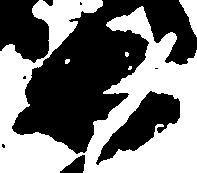
等